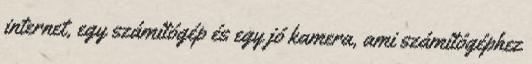
internet, egy számítógép és egy jó kamera, ami számítógéphez